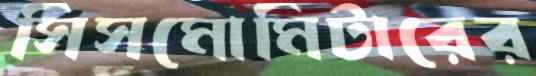
সিসমোমিটারের